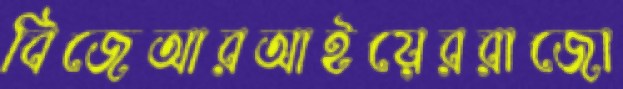
বিজেআরআইয়েররাজো